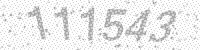
Solution: 111543